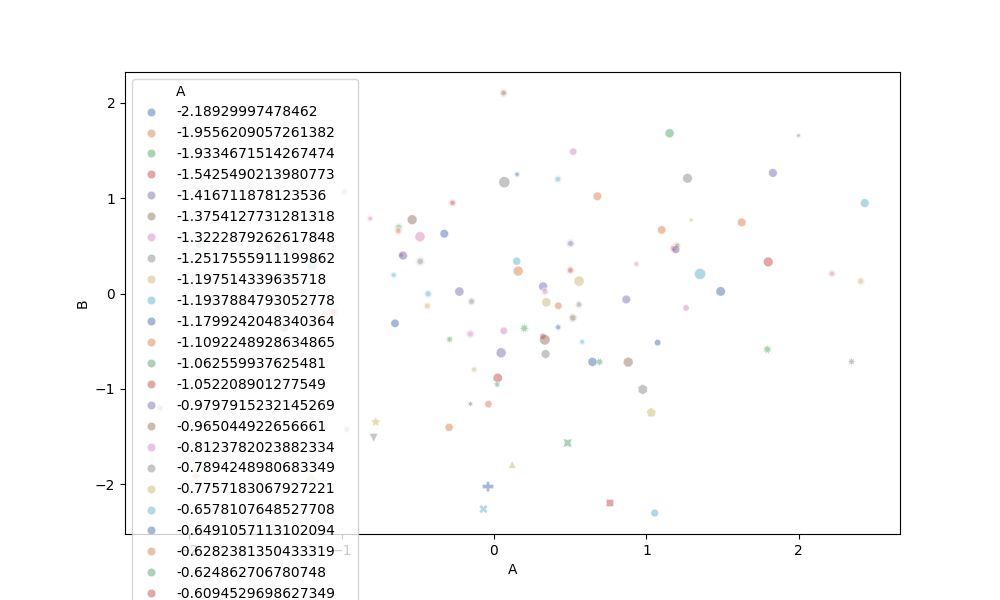
python, seaborn, scatterplot, hue='A', style='B', size='C', palette='deep', alpha=0.5